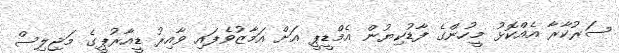
ސަރުކާރާ އެއްކޮޅު މީހުންގެ ފާޑުކިޔުން އެމްޑީޕީ އަށް އަމާޒުވެފައި ވާއިރު ޑީއާރުޕީގެ މަޖިލިސް